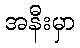
အနီးမှာ